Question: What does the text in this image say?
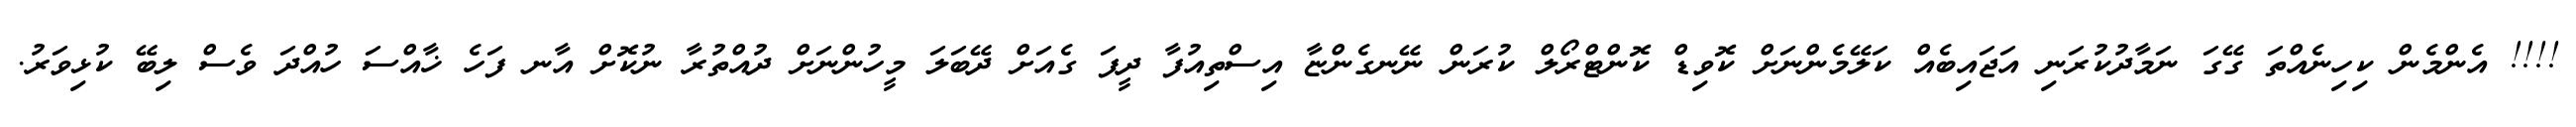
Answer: !!!! އެންމެން ކިހިނެއްތަ ގޭގަ ނަމާދުކުރަނި އަޖައިބެއް ކަލޭމެންނަށް ކޮވިޑް ކޮންޓްރޯލް ކުރަން ނޭނގެންޏާ އިސްތިއުފާ ދީފަ ގެއަށް ދޭބަލަ މީހުންނަށް ދުއްތުރާ ނުކޮށް އާނ ފަހެ ޚާއްސަ ހުއްދަ ވެސް ލިބޭ ކުޅިވަރު.